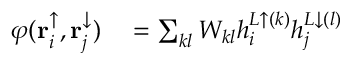
\begin{array} { r l } { \varphi ( \mathbf { r } _ { i } ^ { \uparrow } , \mathbf { r } _ { j } ^ { \downarrow } ) } & { { } = \sum _ { k l } W _ { k l } h _ { i } ^ { L \uparrow ( k ) } h _ { j } ^ { L \downarrow ( l ) } } \end{array}